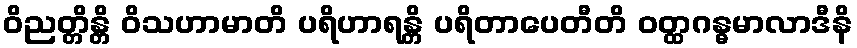
ဝိညတ္တိန္တိ ဝိသဟာမာတိ ပရိဟာရန္တိ ပရိတာပေတီတိ ဝတ္ထဂန္ဓမာလာဒီနိ